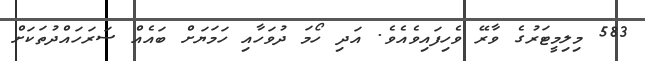
583 މިލިމީޓަރުގެ ވާރޭ ވެހިފައިވެއެވެ. އަދި ހޯމަ ދުވަހާއި ހަމަޔަށް ބައެއް ސަރަހައްދުތަކަށް